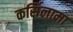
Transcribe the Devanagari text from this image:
कर्सिलामा